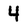
Character: 4